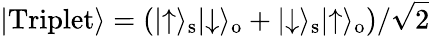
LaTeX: \lvert\mathrm{Triplet}\rangle=(\lvert\uparrow\rangle_{\mathrm{s}}\lvert\downarrow\rangle_{\mathrm{o}}+\lvert\downarrow\rangle_{\mathrm{s}}\lvert\uparrow\rangle_{\mathrm{o}})/\sqrt{2}